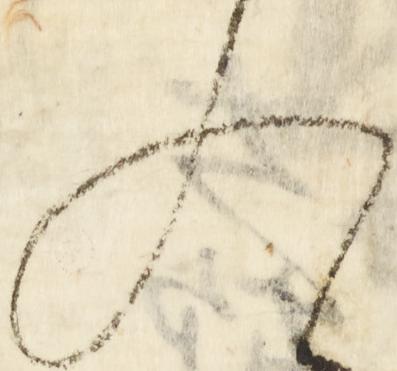
入